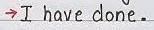
-> I have done.